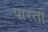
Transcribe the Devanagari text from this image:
पारता